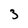
Character: 3